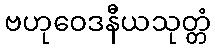
ဗဟုဝေဒနီယသုတ္တံ